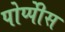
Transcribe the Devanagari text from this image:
पोप्पीेस